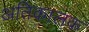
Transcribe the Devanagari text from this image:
अतिकालक